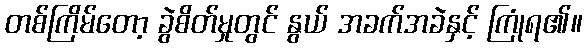
တစ်ကြိမ်တော့ ခွဲစိတ်မှုတွင် နွယ် အခက်အခဲနှင့် ကြုံရ၏။